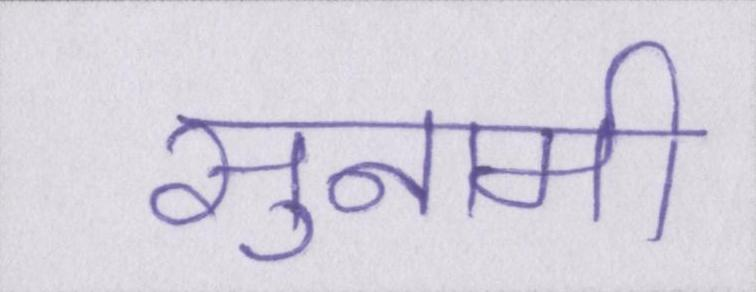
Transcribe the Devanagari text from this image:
सुनामी